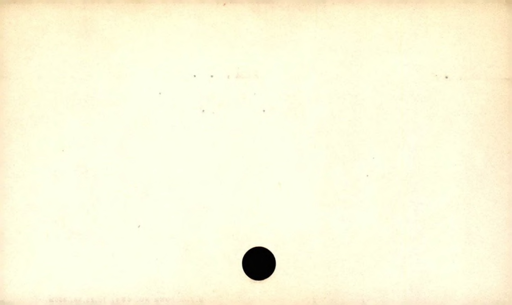
Label: blank